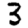
Digit: 3